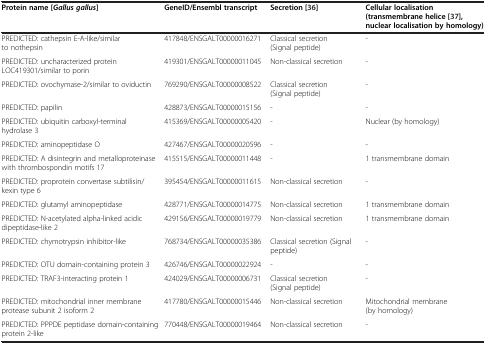
<table><thead><tr><td><b>Protein name [<i>Gallus gallus</i>]</b></td><td><b>GeneID/Ensembl transcript</b></td><td><b>Secretion [[36]]</b></td><td><b>Cellular localisation (transmembrane helice [[37]], nuclear localisation by homology)</b></td></tr></thead><tbody><tr><td>PREDICTED: cathepsin E-A-like/similar to nothepsin</td><td>417848/ENSGALT00000016271</td><td>Classical secretion (Signal peptide)</td><td>-</td></tr><tr><td>PREDICTED: uncharacterized protein LOC419301/similar to porin</td><td>419301/ENSGALT00000011045</td><td>Non-classical secretion</td><td>-</td></tr><tr><td>PREDICTED: ovochymase-2/similar to oviductin</td><td>769290/ENSGALT00000008522</td><td>Classical secretion (Signal peptide)</td><td>-</td></tr><tr><td>PREDICTED: papilin</td><td>428873/ENSGALT00000015156</td><td>-</td><td>-</td></tr><tr><td>PREDICTED: ubiquitin carboxyl-terminal hydrolase 3</td><td>415369/ENSGALT00000005420</td><td>-</td><td>Nuclear (by homology)</td></tr><tr><td>PREDICTED: aminopeptidase O</td><td>427467/ENSGALT00000020596</td><td>-</td><td>-</td></tr><tr><td>PREDICTED: A disintegrin and metalloproteinase with thrombospondin motifs 17</td><td>415515/ENSGALT00000011448</td><td>-</td><td>1 transmembrane domain</td></tr><tr><td>PREDICTED: proprotein convertase subtilisin/kexin type 6</td><td>395454/ENSGALT00000011615</td><td>Non-classical secretion</td><td>-</td></tr><tr><td>PREDICTED: glutamyl aminopeptidase</td><td>428771/ENSGALT00000014775</td><td>Non-classical secretion</td><td>1 transmembrane domain</td></tr><tr><td>PREDICTED: N-acetylated alpha-linked acidic dipeptidase-like 2</td><td>429156/ENSGALT00000019779</td><td>Non-classical secretion</td><td>1 transmembrane domain</td></tr><tr><td>PREDICTED: chymotrypsin inhibitor-like</td><td>768734/ENSGALT00000035386</td><td>Classical secretion (Signal peptide)</td><td>-</td></tr><tr><td>PREDICTED: OTU domain-containing protein 3</td><td>426746/ENSGALT00000022924</td><td>-</td><td>-</td></tr><tr><td>PREDICTED: TRAF3-interacting protein 1</td><td>424029/ENSGALT00000006731</td><td>Classical secretion (Signal peptide)</td><td>-</td></tr><tr><td>PREDICTED: mitochondrial inner membrane protease subunit 2 isoform 2</td><td>417780/ENSGALT00000015446</td><td>Non-classical secretion</td><td>Mitochondrial membrane (by homology)</td></tr><tr><td>PREDICTED: PPPDE peptidase domain-containing protein 2-like</td><td>770448/ENSGALT00000019464</td><td>Non-classical secretion</td><td>-</td></tr></tbody></table>